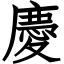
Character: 慶